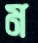
ম